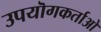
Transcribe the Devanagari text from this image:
उपयॊगकर्ताओ